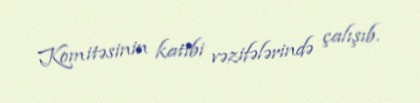
Komitəsinin katibi vəzifələrində çalışıb.